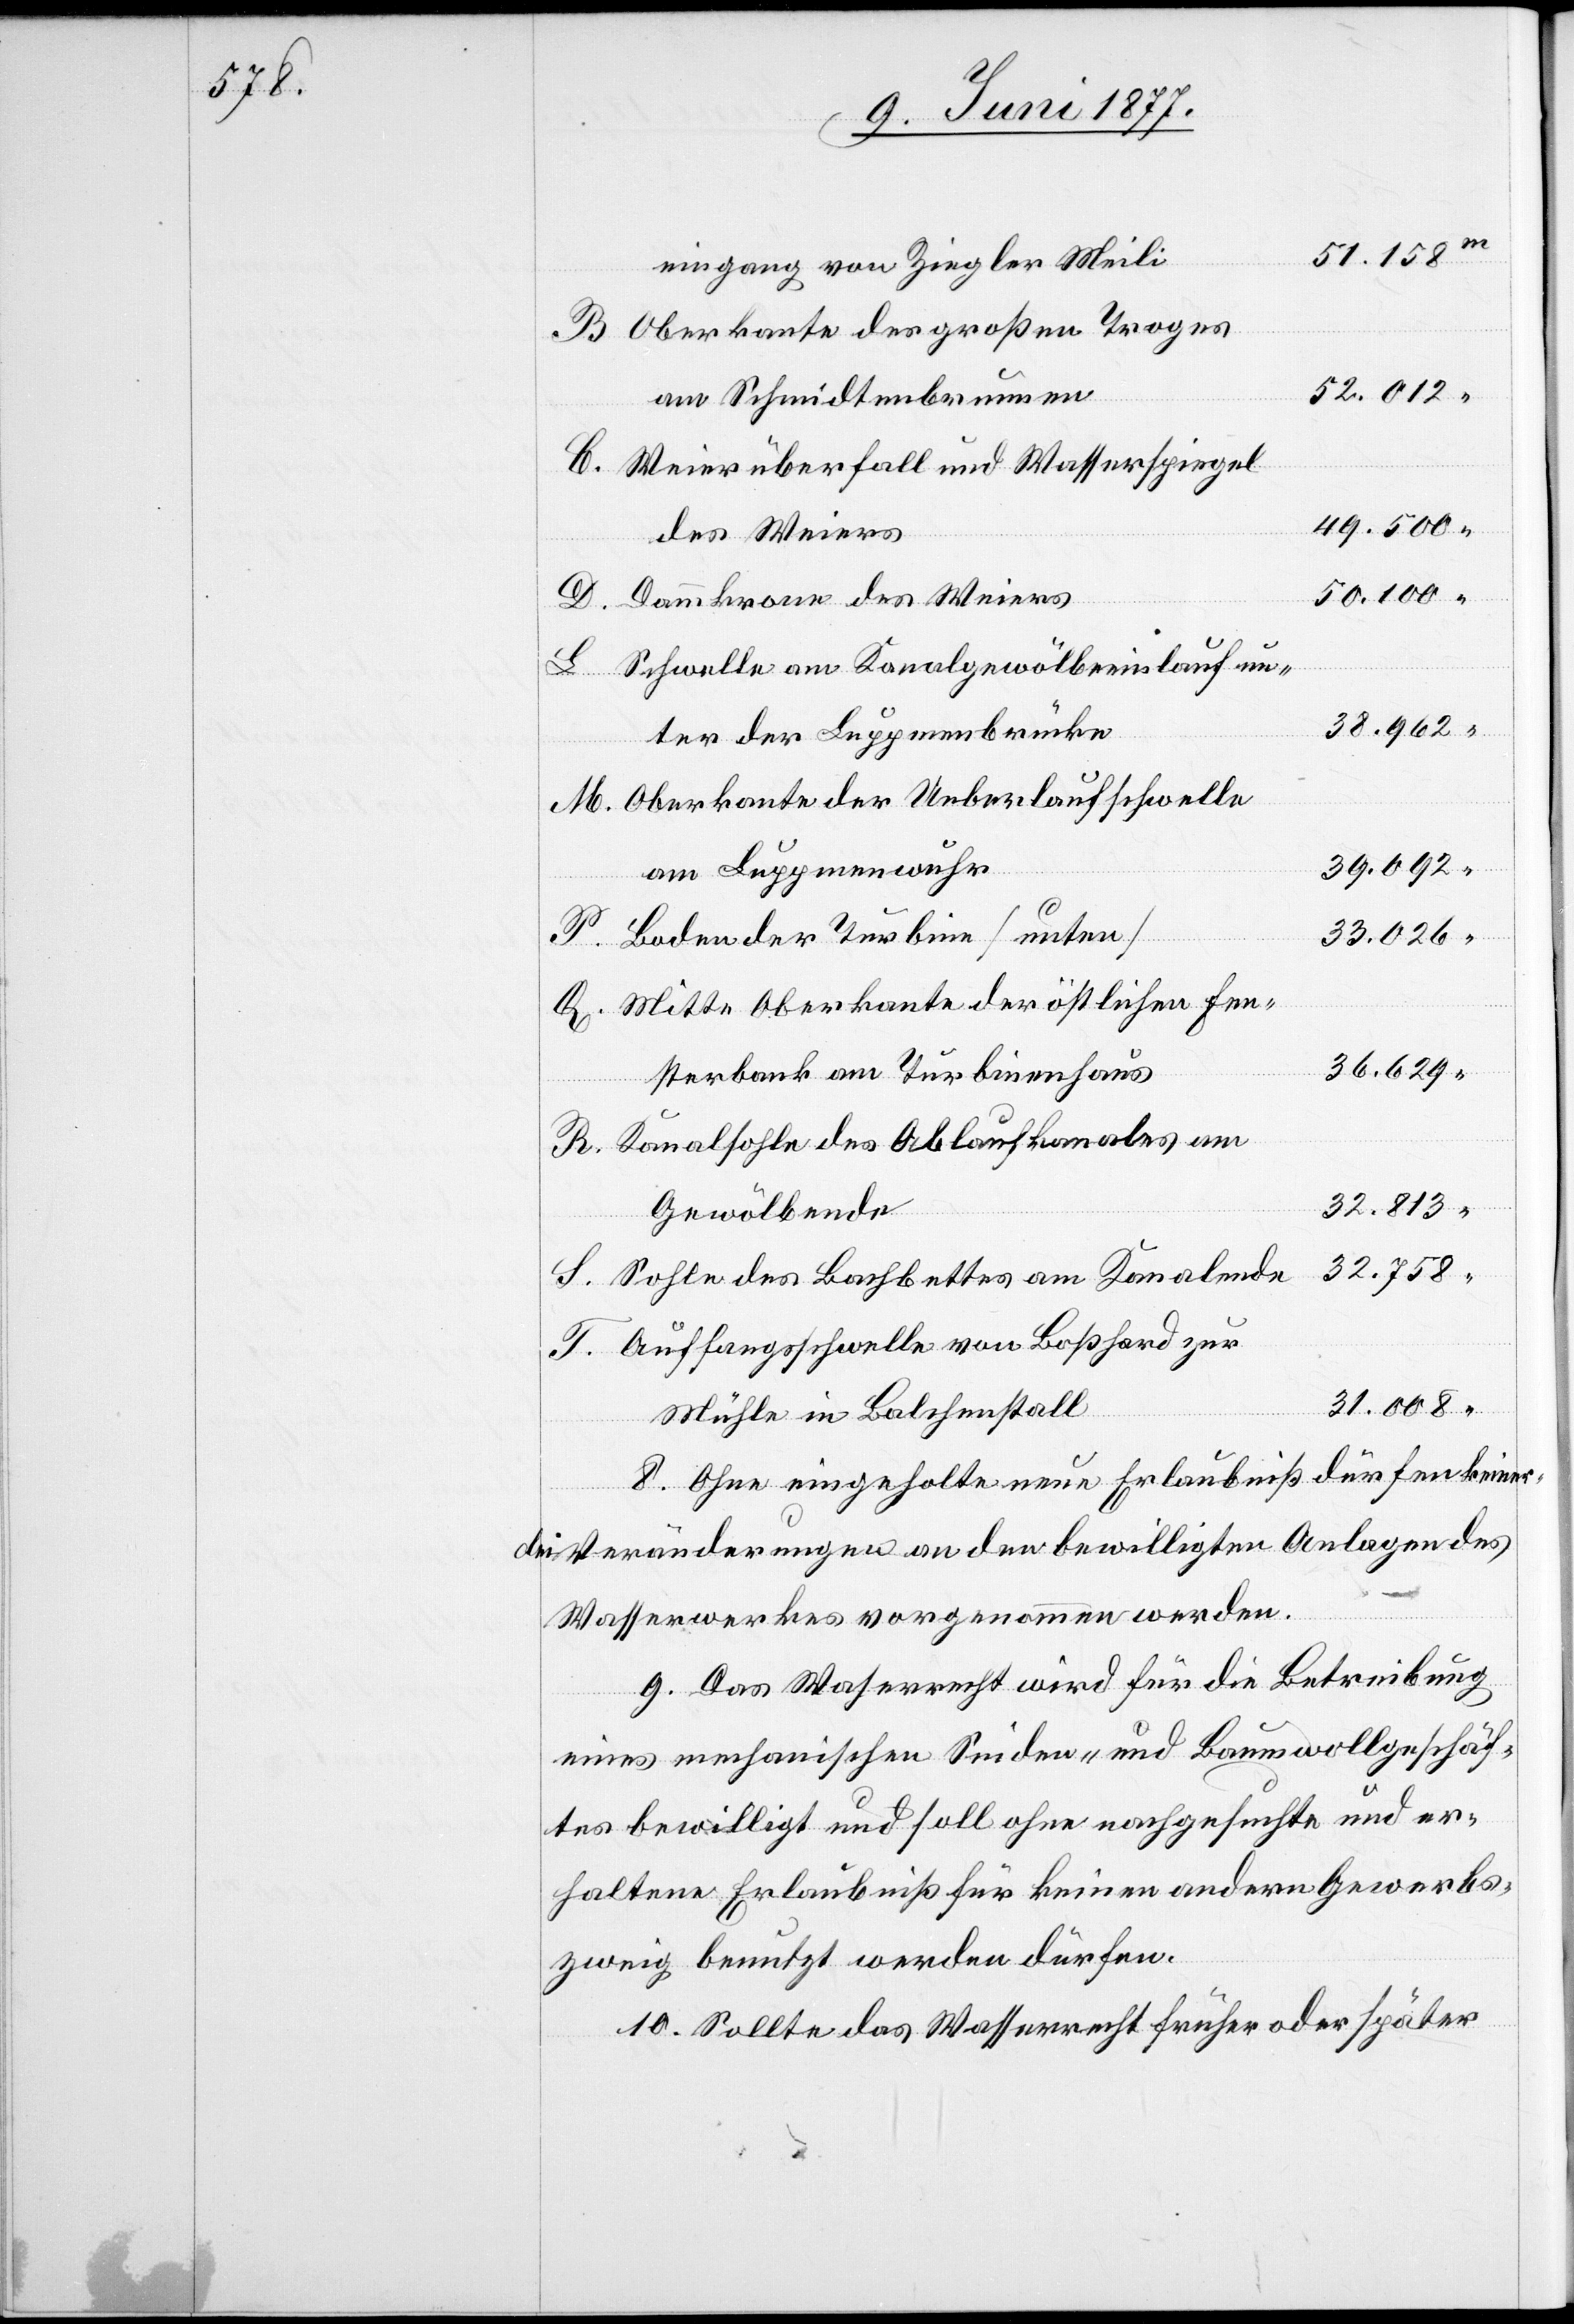
51.158
eingang von Ziegler Meili
Oberkante des großen Troges
52.012
am Schmidtenbrunnen
Weierüberfall und Wasserspiegel
49.500
des Weiers
50.100
Schwelle am Kanalgewölbeeinlauf un¬
38.962
ter der Luppmenbrücke
Oberkante der Ueberlaufschwelle
am Luppmenwuhr
T.
Boden der Turbine [unten]
33.026
Mitte Oberkante der östlichen Fen¬
36.629
sterbank am Turbinenhaus
Kanalsohle des Ablaufkanales am
32.813
Gewölbende
32.758
Sohle des Bachbettes am Kanalende
Auffangsschwelle von Boßhard zur
31.008
Mühle in Balchenstall
8. Ohne eingeholte neue Erlaubniß dürfen keiner¬
lei Veränderungen an den bewilligten Anlagen des
Wasserwerkes vorgenommen werden.
9. Das Wasserrecht wird für die Betreibung
eines mechanischen Seiden- und Baumwollgeschäf¬
tes bewilligt und soll ohne nachgesuchte und er¬
haltene Erlaubniß für keinen andern Gewerbs¬
zweig benutzt werden dürfen.
10. Sollte das Wasserrecht früher oder später